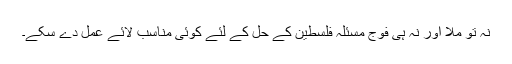
نہ تو ملا اور نہ ہی فوج مسئلہ فلسطین کے حل کے لئے کوئی مناسب لائے عمل دے سکے۔